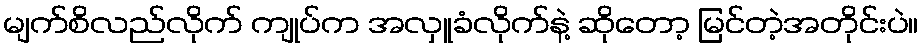
မျက်စိလည်လိုက် ကျုပ်က အလှူခံလိုက်နဲ့ ဆိုတော့ မြင်တဲ့အတိုင်းပဲ။